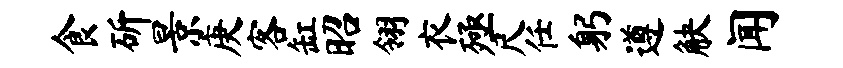
食斫景庚客缸昭翎衣殛尺任躬遵觖闻